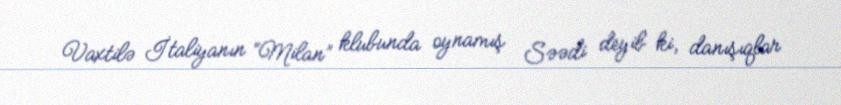
Vaxtilə İtaliyanın “Milan” klubunda oynamış Səədi deyib ki, danışıqlar